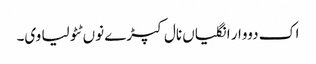
اک دووار انگلیاں نال کپڑے نوں ٹٹولیا وی۔